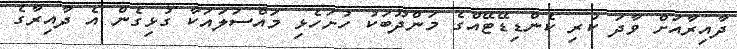
ދާއިރާއަށް ވާދަ ކުރި ކެންޑިޑޭޓޭއްގެ މަންދޫބަކު ހުށަހެޅި މައްސަލައަކާ ގުޅިގެން އެ ދާއިރާގެ